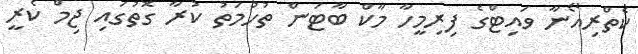
ކެތްރިއޯނާ ވައިޓްގެ ފިރިމީހާ މާކް ބާޓަން ތުހުމަތު ކުރާ ގޮތުގައި ޖިމް ކެރީ